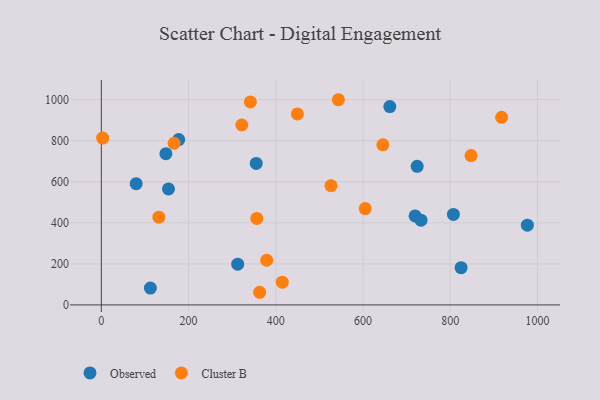
{"axis": {"x": "Study Hours", "y": "Yield"}, "legend": ["Cluster B", "Observed"], "data": [{"x": "79.9", "y": 590.8, "type": "Observed"}, {"x": "148.1", "y": 737.1, "type": "Observed"}, {"x": "976.9", "y": 388.7, "type": "Observed"}, {"x": "661.5", "y": 966.6, "type": "Observed"}, {"x": "177.5", "y": 805.9, "type": "Observed"}, {"x": "154.0", "y": 565.2, "type": "Observed"}, {"x": "824.9", "y": 181.7, "type": "Observed"}, {"x": "312.7", "y": 198.6, "type": "Observed"}, {"x": "719.4", "y": 433.8, "type": "Observed"}, {"x": "807.3", "y": 441.2, "type": "Observed"}, {"x": "112.5", "y": 82.2, "type": "Observed"}, {"x": "733.0", "y": 412.9, "type": "Observed"}, {"x": "355.2", "y": 689.4, "type": "Observed"}, {"x": "724.2", "y": 675.5, "type": "Observed"}, {"x": "356.5", "y": 421.4, "type": "Cluster B"}, {"x": "414.9", "y": 110.7, "type": "Cluster B"}, {"x": "166.9", "y": 787.9, "type": "Cluster B"}, {"x": "363.0", "y": 61.6, "type": "Cluster B"}, {"x": "341.8", "y": 989.2, "type": "Cluster B"}, {"x": "322.1", "y": 876.7, "type": "Cluster B"}, {"x": "917.8", "y": 914.1, "type": "Cluster B"}, {"x": "379.3", "y": 217.6, "type": "Cluster B"}, {"x": "3.0", "y": 813.1, "type": "Cluster B"}, {"x": "526.6", "y": 580.9, "type": "Cluster B"}, {"x": "605.1", "y": 469.5, "type": "Cluster B"}, {"x": "132.0", "y": 427.5, "type": "Cluster B"}, {"x": "543.6", "y": 999.9, "type": "Cluster B"}, {"x": "645.6", "y": 779.9, "type": "Cluster B"}, {"x": "449.6", "y": 930.8, "type": "Cluster B"}, {"x": "847.8", "y": 727.9, "type": "Cluster B"}]}